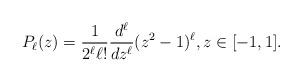
LaTeX: \begin{align*}P_\ell(z) = \frac{1}{2^\ell \ell !} \frac{d^\ell}{d z^\ell}(z^2-1)^\ell, z \in [-1,1].\end{align*}